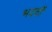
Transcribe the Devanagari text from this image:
भदर्वी